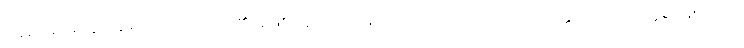
ဝဋ်ဆင်းရဲမှ ထွက်မြောက်တတ်သည်၏အဖြစ် ဟူသောအနက်သဘောကြောင့်။ လောကုတ္တရ၊ လောကုတ္တရာဖြစ်သော။